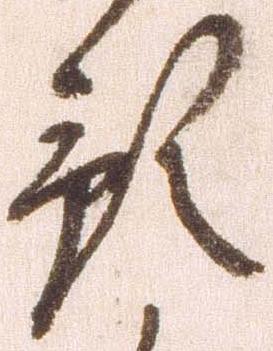
預